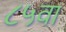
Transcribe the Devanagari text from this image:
८५वा